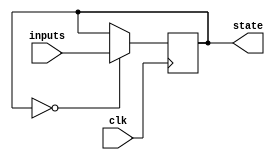
module gray_state_machine (
    input wire clk,
    input wire [N-1:0] inputs,
    output reg [N-1:0] state
);
    
parameter N = 4; // Number of bits in state
    
reg [N-1:0] next_state;
    
always @ (posedge clk) begin
    case (state)
        4'b0000: next_state = inputs; // Define state transitions based on current state and inputs
        // Add more cases for additional states and transitions
    endcase
end

always @ (*) begin
    state <= next_state; // Update state based on next_state
end

endmodule